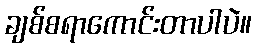
ချစ်စရာကောင်းတာပါပဲ။